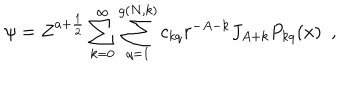
LaTeX: \psi = Z ^ { a + \frac { 1 } { 2 } } \sum _ { k = 0 } ^ { \infty } \sum _ { q = 1 } ^ { g ( N , k ) } c _ { k q } r ^ { - A - k } J _ { A + k } P _ { k q } ( x ) \, \, \, ,